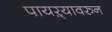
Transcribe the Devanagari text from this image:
पायऱ्यावरुन